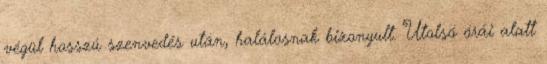
végül hosszú szenvedés után, halálosnak bizonyult. Utolsó órái alatt